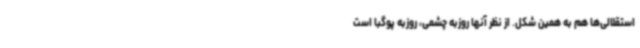
استقلالی‌ها هم به همین شکل. از نظر آنها روزبه چشمی، روزبه پوگبا است